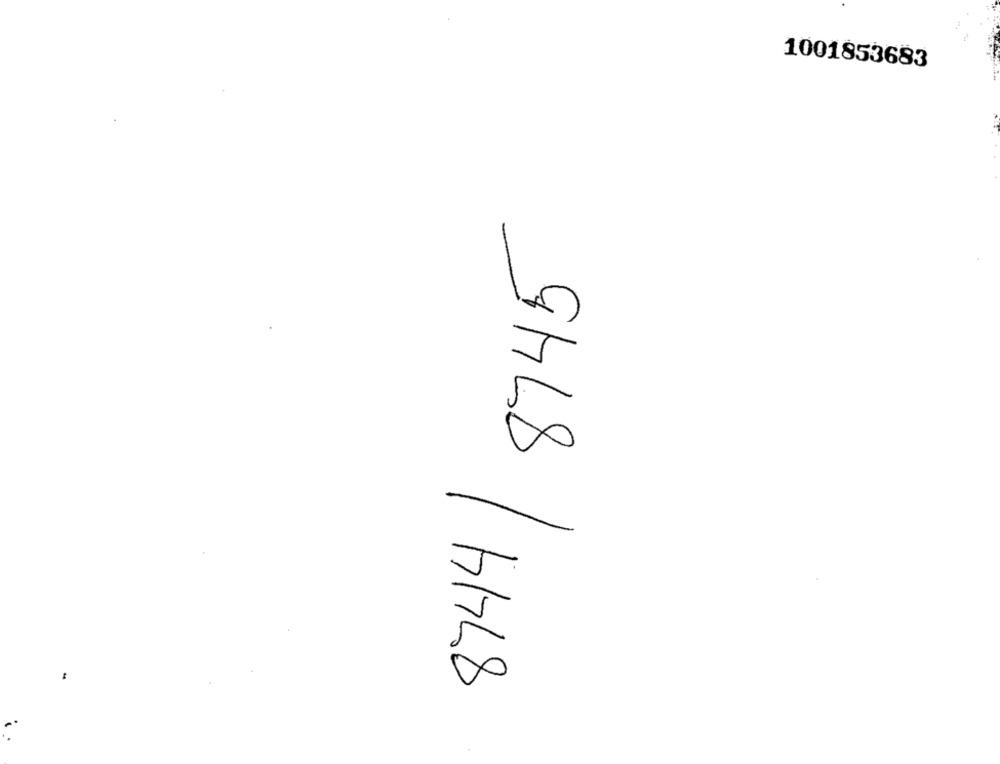
1001853683
8744 8745